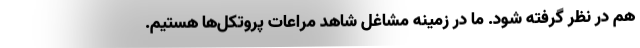
هم در نظر گرفته شود. ما در زمینه مشاغل شاهد مراعات پروتکل‌ها هستیم.